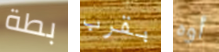
بطة بقرب أوه